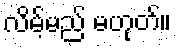
လိမ့်မည် မဟုတ်။